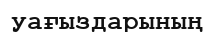
уағыздарының